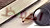
احفظ